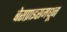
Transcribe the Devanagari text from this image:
बेसप्राइसमधून